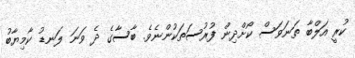
ކުރީ އަލްބާ ތަނަވަސް ކޯށްދިން ފުރުސަތަކުންނެވެ. ބާސާގެ ދެ ވަނަ ލަނޑު ކާމިޔާބު